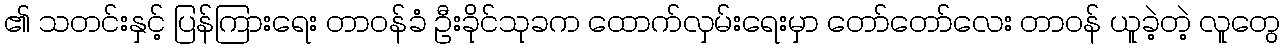
၏ သတင်းနှင့် ပြန်ကြားရေး တာဝန်ခံ ဦးခိုင်သုခက ထောက်လှမ်းရေးမှာ တော်တော်လေး တာဝန် ယူခဲ့တဲ့ လူတွေ